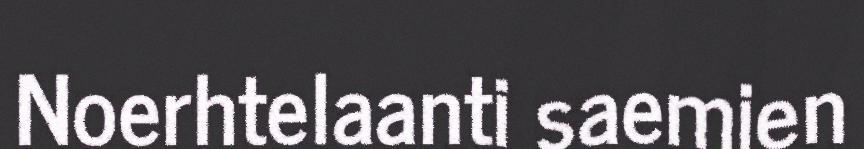
Noerhtelaanti saemien